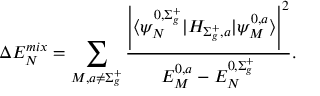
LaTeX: \Delta E _ { N } ^ { m i x } = \sum _ { M , a \neq \Sigma _ { g } ^ { + } } \frac { \left| \langle \psi _ { N } ^ { 0 , \Sigma _ { g } ^ { + } } | H _ { \Sigma _ { g } ^ { + } , a } | \psi _ { M } ^ { 0 , a } \rangle \right| ^ { 2 } } { E _ { M } ^ { 0 , a } - E _ { N } ^ { 0 , \Sigma _ { g } ^ { + } } } .